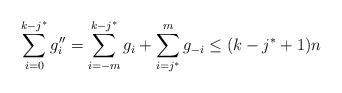
LaTeX: \begin{align*}\sum_{i=0}^{k-j^*}g''_i=\sum_{i=-m}^{k-j^*}g_i+\sum_{i=j^*}^mg_{-i}\le (k-j^*+1)n\end{align*}